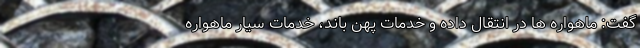
گفت: ماهواره ها در انتقال داده و خدمات پهن باند، خدمات سیار ماهواره